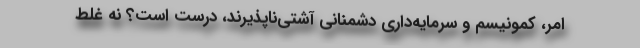
امر، کمونیسم و سرمایه‌داری دشمنانی آشتی‌ناپذیرند، درست است؟ نه غلط